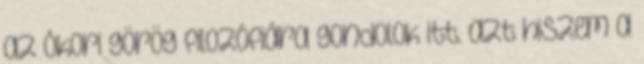
az ókori görög filozófiára gondolok itt. azt hiszem a